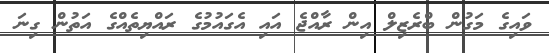
ވައިގެ މަގުން ބްރެޒިލް އިން ރާއްޖެ އައި އެގައުމުގެ ރައްޔިތެއްގެ އަތުން ގިނަ